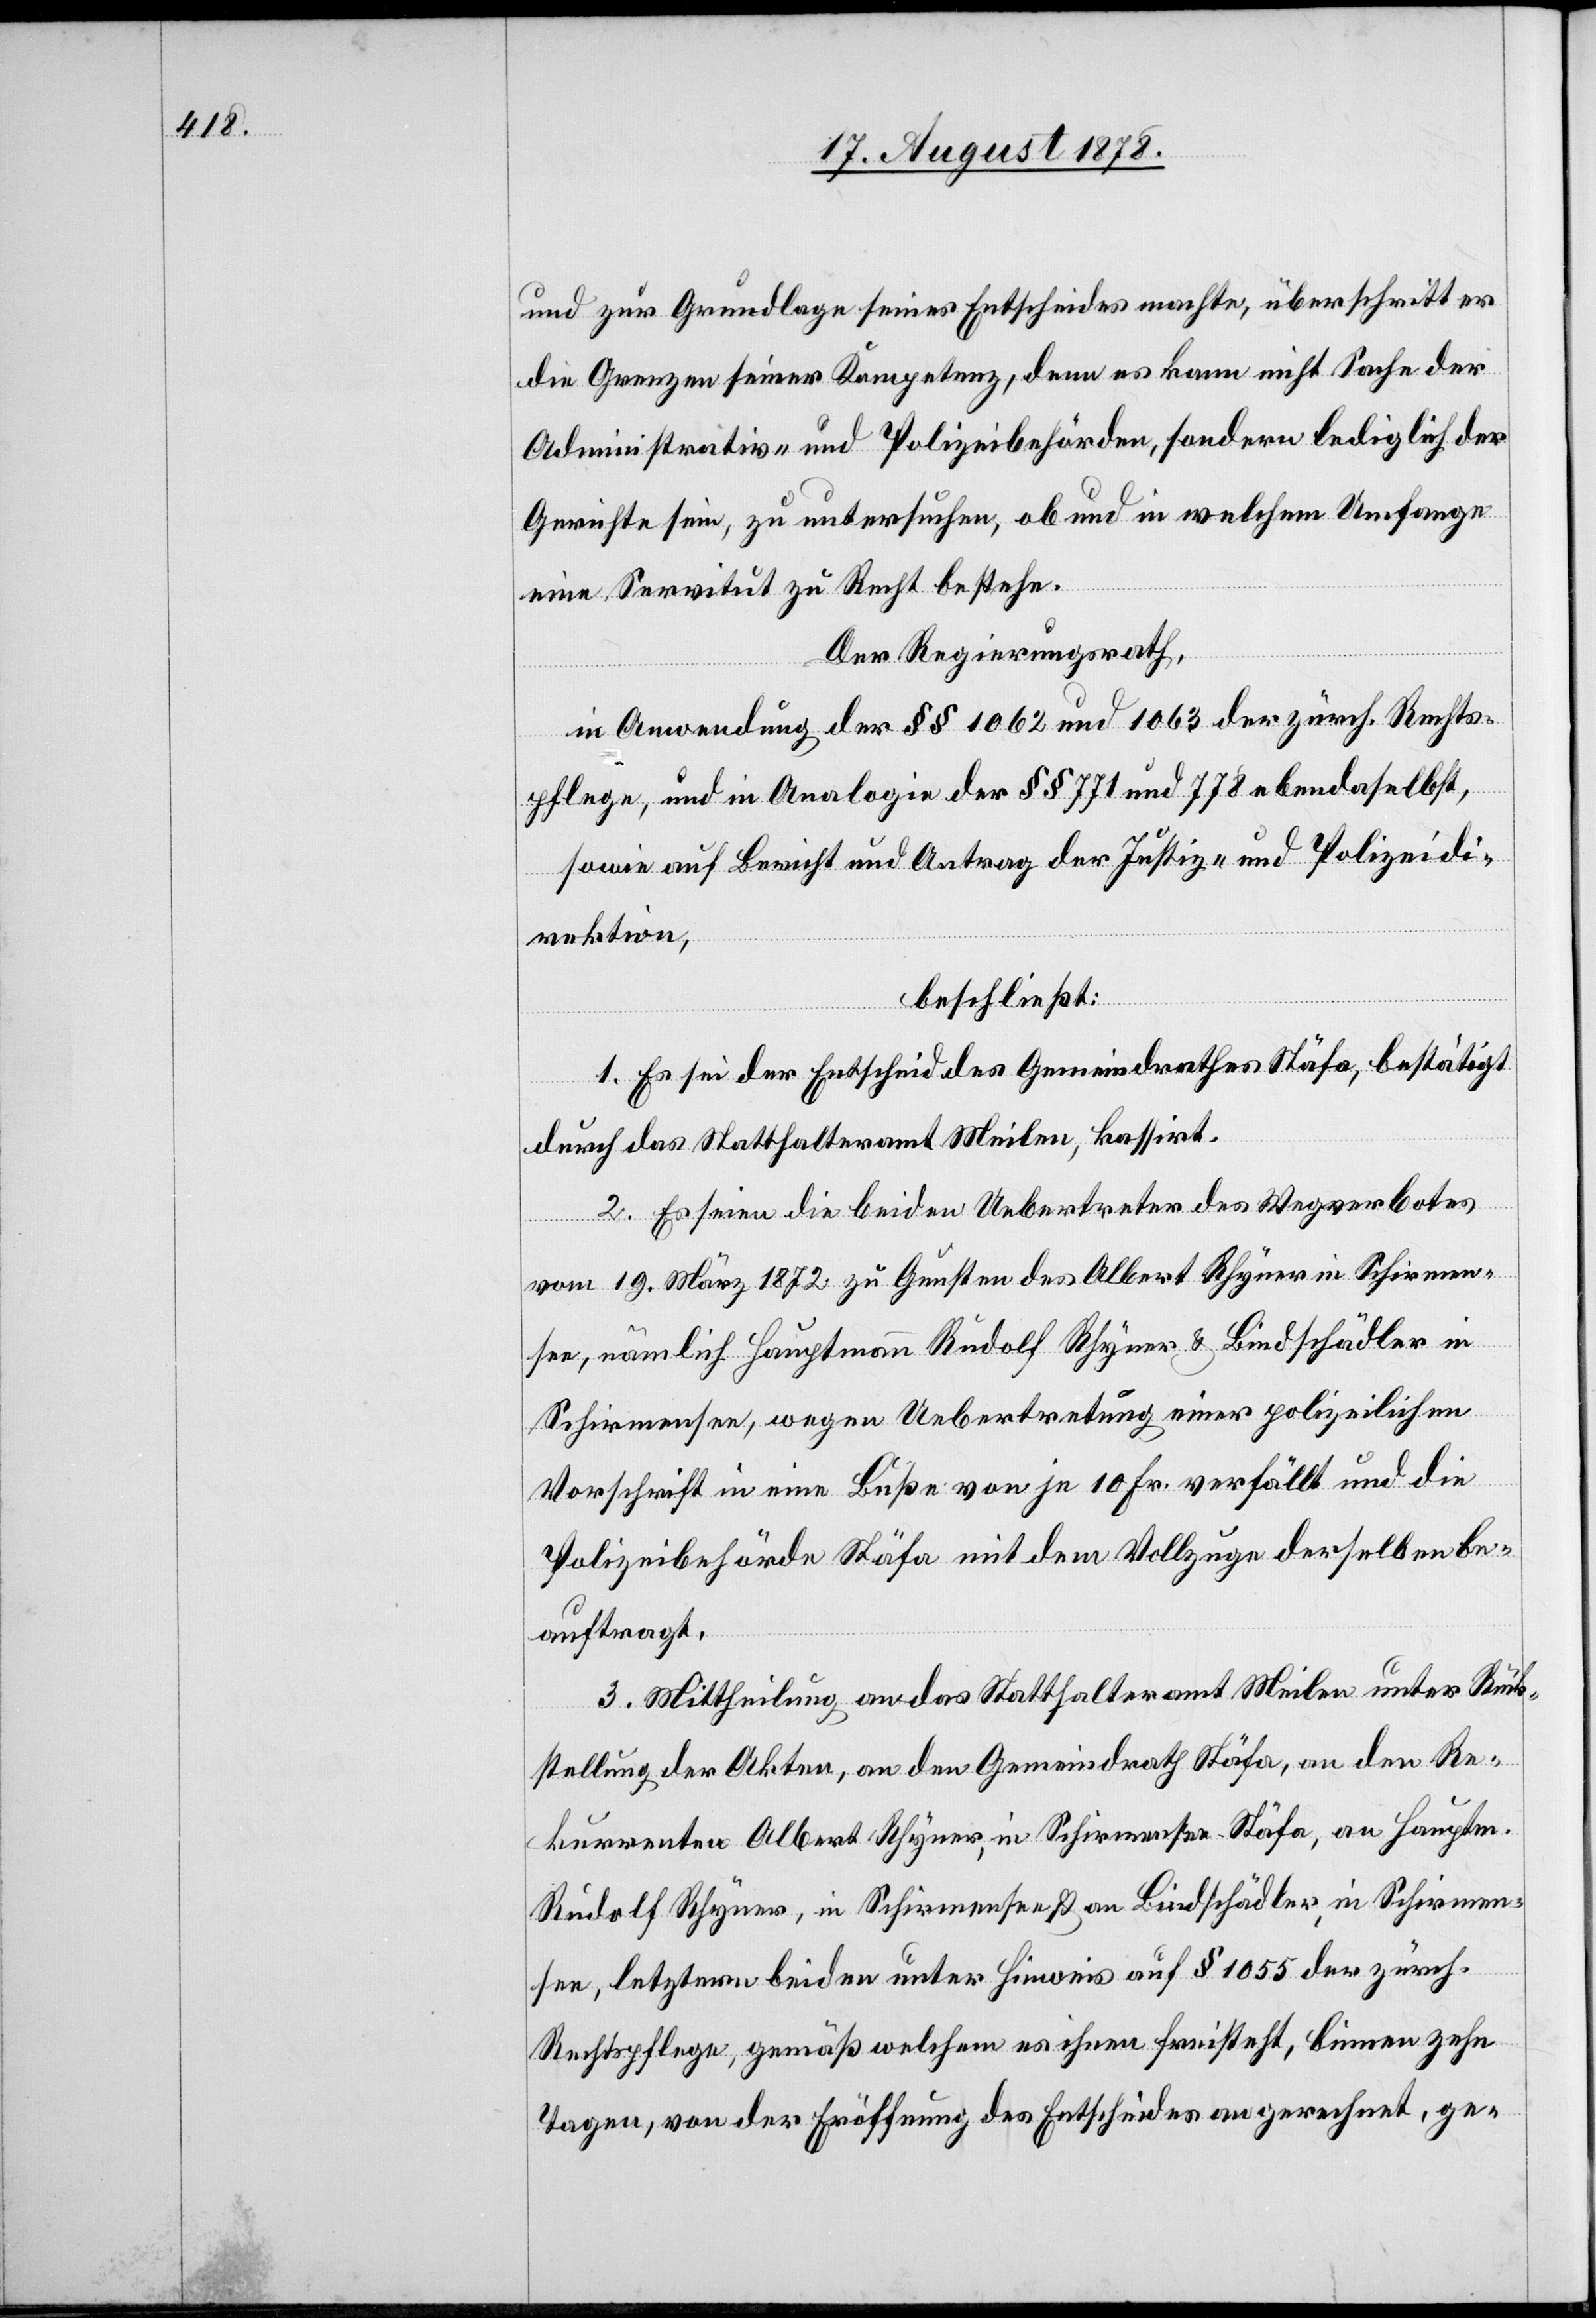
und zur Grundlage seines Entscheides machte, überschritt er
die Grenzen seiner Kompetenz, denn es kann nicht Sache der
Administrativ- und Polizeibehörden, sondern lediglich der
Gerichte sein, zu untersuchen, ob und in welchem Umfange
eine Servitut zu Recht bestehe.
Der Regierungsrath,
in Anwendung der §§ 1062 und 1063 der zürch. Rechts¬
pflege, und in Analogie der §§ 771 und 778 ebendaselbst,
sowie auf Bericht und Antrag der Justiz- und Polizeidi¬
rektion,
beschließt:
1. Es sei der Entscheid des Gemeindrathes Stäfa, bestätigt
durch das Statthalteramt Meilen, kassirt.
2. Es seien die beiden Uebertreter des Wegverbotes
vom 19. März 1872 zu Gunsten des Albert Rhyner in Schirmen¬
see, nämlich Hauptmann Rudolf Rhyner & Bindschädler in
Schirmensee, wegen Uebertretung einer polizeilichen
Vorschrift in eine Buße von je 10 Fr. erfällt und die
Polizeibehörde Stäfa mit dem Vollzug derselben be¬
auftragt.
3. Mittheilung an das Statthalteramt Meilen unter Rück¬
stellung der Akten, an den Gemeindrath Stäfa, an den Re¬
kurrenten Albert Rhyner, in Schirmensee Stäfa, an Hauptm.
Rudolf Rhyner, in Schirmensee & an Bindschädler, in Schirmen¬
see, letztern beiden unter Hinweis auf § 1055 der zürch.
Rechtspflege, gemäß welchem es ihnen freisteht, binnen zehn
Tagen, von der Eröffnung des Entscheides angerechnet, ge-